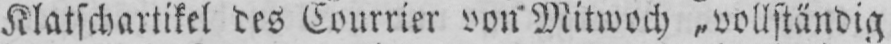
Klatschartikel des Courrier von Mittwoch „vollständig